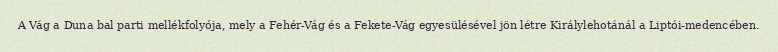
A Vág a Duna bal parti mellékfolyója, mely a Fehér-Vág és a Fekete-Vág egyesülésével jön létre Királylehotánál a Liptói-medencében.